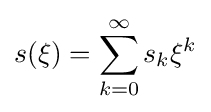
s(\xi )=\sum _{k=0}^{\infty }s_{k}\xi ^{k}